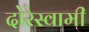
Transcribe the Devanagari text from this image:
दोरेस्वामी